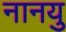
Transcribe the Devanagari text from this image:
नानयु